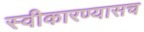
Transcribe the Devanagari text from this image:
स्वीकारण्यासच